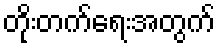
တိုးတက်ရေးအတွက်